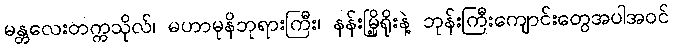
မန္တလေးတက္ကသိုလ်၊ မဟာမုနိဘုရားကြီး၊ နန်းမြို့ရိုးနဲ့ ဘုန်းကြီးကျောင်းတွေအပါအဝင်